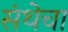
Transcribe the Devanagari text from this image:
संथेचा